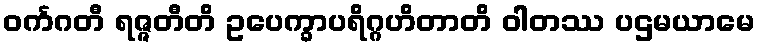
ဝင်္ကဂတီ ရဇ္ဇတီတိ ဥပေက္ခာပရိဂ္ဂဟိတာတိ ဝါတဿ ပဌမယာမေ